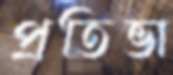
প্রতিভা